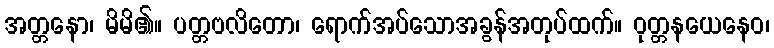
အတ္တနော၊ မိမိ၏။ ပတ္တဗလိတော၊ ရောက်အပ်သောအခွန်အတုပ်ထက်။ ဝုတ္တနယေနေဝ၊